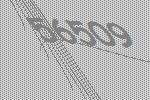
56509